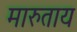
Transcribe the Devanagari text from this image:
मारुताय